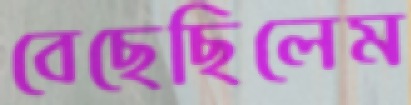
বেছেছিলেম